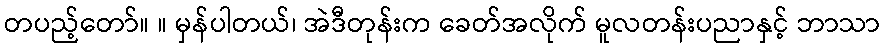
တပည့်တော်။ ။ မှန်ပါတယ်၊ အဲဒီတုန်းက ခေတ်အလိုက် မူလတန်းပညာနှင့် ဘာသာ